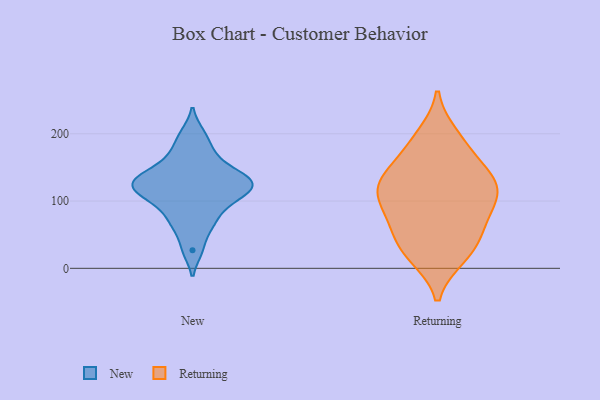
{"axis": {"x": "Inventory Turnover", "y": "Value"}, "legend": ["New", "Returning"], "data": [{"x": "", "y": 99, "type": "New"}, {"x": "", "y": 112, "type": "New"}, {"x": "", "y": 62, "type": "New"}, {"x": "", "y": 121, "type": "New"}, {"x": "", "y": 133, "type": "New"}, {"x": "", "y": 27, "type": "New"}, {"x": "", "y": 71, "type": "New"}, {"x": "", "y": 137, "type": "New"}, {"x": "", "y": 176, "type": "New"}, {"x": "", "y": 96, "type": "New"}, {"x": "", "y": 119, "type": "New"}, {"x": "", "y": 127, "type": "New"}, {"x": "", "y": 160, "type": "New"}, {"x": "", "y": 139, "type": "New"}, {"x": "", "y": 200, "type": "New"}, {"x": "", "y": 130, "type": "Returning"}, {"x": "", "y": 189, "type": "Returning"}, {"x": "", "y": 140, "type": "Returning"}, {"x": "", "y": 96, "type": "Returning"}, {"x": "", "y": 126, "type": "Returning"}, {"x": "", "y": 119, "type": "Returning"}, {"x": "", "y": 172, "type": "Returning"}, {"x": "", "y": 197, "type": "Returning"}, {"x": "", "y": 112, "type": "Returning"}, {"x": "", "y": 42, "type": "Returning"}, {"x": "", "y": 71, "type": "Returning"}, {"x": "", "y": 20, "type": "Returning"}, {"x": "", "y": 18, "type": "Returning"}, {"x": "", "y": 78, "type": "Returning"}, {"x": "", "y": 29, "type": "Returning"}, {"x": "", "y": 139, "type": "Returning"}, {"x": "", "y": 62, "type": "Returning"}, {"x": "", "y": 107, "type": "Returning"}]}